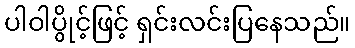
ပါဝါပွိုင့်ဖြင့် ရှင်းလင်းပြနေသည်။